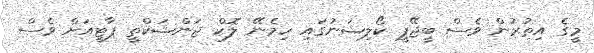
މީގެ އިތުރުން ވެސް ބީޖޭޕީ ކޯލިޝަނުގައި ހިމެނޭ ލޮކް ޖަންޝަކްތީ ޕާޓީއަށް ވެސް